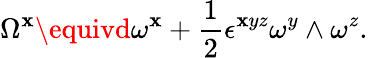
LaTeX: \Omega^{\mathbf{x}}\equivd\omega^{\mathbf{x}}+{\frac{{1}}{{2}}}\epsilon^{\mathbf{x}yz}\omega^{y}\wedge\omega^{z}.